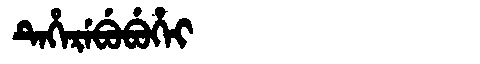
Manchu: ᡨᡝᡥᡝᡵᡝᠪᡠᠪᡠᡥᡝᡳ
Romanization: TEHEREBUBUHEI